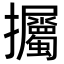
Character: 𢺡